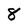
Character: 8